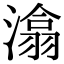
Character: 潝